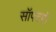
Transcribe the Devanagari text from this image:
सॉफ्टपॉ